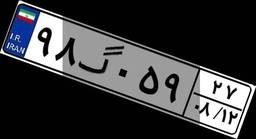
۹۸گ۰۵۹۲۷